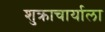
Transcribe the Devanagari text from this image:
शुक्राचार्याला